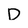
Character: D